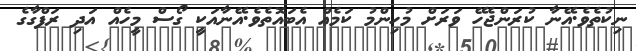
ނިކުތެވެ.އޭނާ ކުރަންޖެހޭ ވަރަށް މުހިންމު ކަމެއް އެބައޮތެވެ.އޭނާއަކީ ގޯސް މީހެއް އަދި ރަފްގާގެ